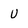
Character: U